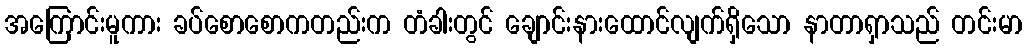
အကြောင်းမူကား ခပ်စောစောကတည်းက တံခါးတွင် ချောင်းနားထောင်လျက်ရှိသော နာတာရှာသည် တင်းမာ